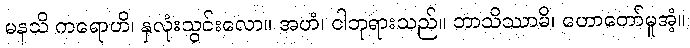
မနသိ ကရောဟိ၊ နှလုံးသွင်းလော။ အဟံ၊ ငါဘုရားသည်။ ဘာသိဿာမိ၊ ဟောတော်မူအံ့။